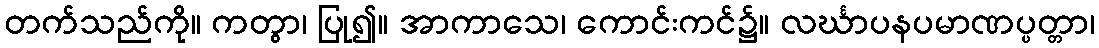
တက်သည်ကို။ ကတွာ၊ ပြု၍။ အာကာသေ၊ ကောင်းကင်၌။ လင်္ဃာပနပမာဏပ္ပတ္တာ၊